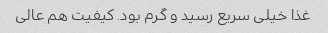
غذا خیلی سریع رسید و گرم بود. کیفیت هم عالی